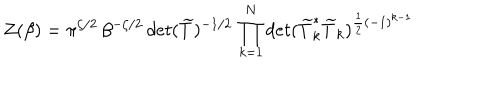
Z ( \beta ) = \pi ^ { \zeta / 2 } \, \beta ^ { - \zeta / 2 } \, d e t ( \widetilde { T } ) ^ { - 1 / 2 } \, \prod _ { k = 1 } ^ { N } d e t ( \widetilde { T } _ { k } ^ { * } \widetilde { T } _ { k } ) ^ { \frac { 1 } { 2 } ( - 1 ) ^ { k - 1 } }